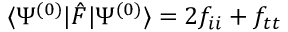
\langle \Psi ^ { ( 0 ) } | \hat { F } | \Psi ^ { ( 0 ) } \rangle = 2 f _ { i i } + f _ { t t }